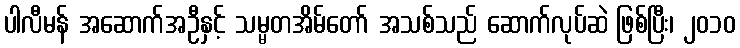
ပါလီမန် အဆောက်အဦနှင့် သမ္မတအိမ်တော် အသစ်သည် ဆောက်လုပ်ဆဲ ဖြစ်ပြီး၊ ၂၀၁၀